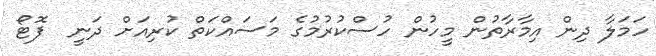
ހަމަލާ ދިން އިމާރާތުން މީހުން ހުސްކުރުމުގެ މަސައްކަތް ކުރިއަށް ދަނީ  ފޮޓޯ